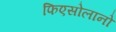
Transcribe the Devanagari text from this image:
फिएसोलानो